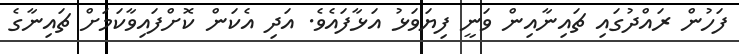
ފަހުން ރައްދުގައި ޗައިނާއިން ވަނީ ފިޔަވަޅު އަޅާފައެވެ. އަދި އެކަން ކޮށްފައިވާކަމަށް ޗައިނާގެ